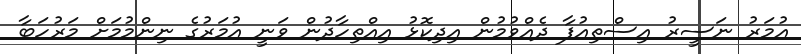
އުމަރު ނަސީރު އިސްތިއުފާ ދެއްވުމުން އިދިކޮޅު އިއްތިހާދުން ވަނީ އުމަރުގެ ނިންމުމަށް މަރުހަބާ